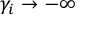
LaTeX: \gamma _ { i } \to - \infty